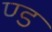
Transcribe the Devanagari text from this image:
ण्ड